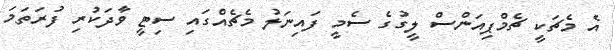
އެ މެޗަކީ ޗެމްޕިއަންސް ލީގުގެ ސެމީ ފައިނަލު މެޗެއްގައި ސިޓީ ވާދަކުރި ފުރަތަމަ